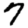
Digit: 7